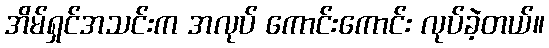
အိမ်ရှင်အသင်းက အလုပ် ကောင်းကောင်း လုပ်ခဲ့တယ်။